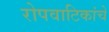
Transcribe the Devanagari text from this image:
रोपवाटिकांचे